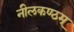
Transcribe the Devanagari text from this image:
नीलकण्ठम्